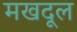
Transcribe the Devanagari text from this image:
मखदूल